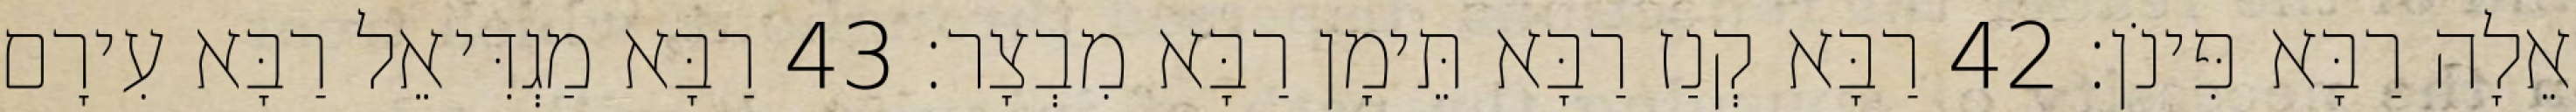
אֵלָה רַבָּא פִּינֹן׃ 42 רַבָּא קְנַז רַבָּא תֵּימָן רַבָּא מִבְצָר׃ 43 רַבָּא מַגְדִּיאֵל רַבָּא עִירָם